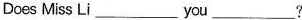
Does Miss Li___you___?